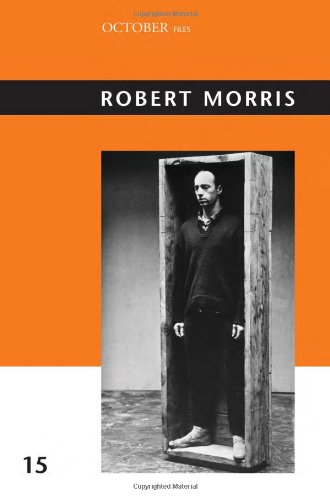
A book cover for Robert Morris (October Files); Arts & Photography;